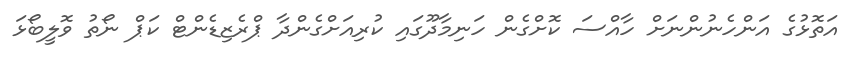
އަތޮޅުގެ އަންހެނުންނަށް ހާއްސަ ކޮށްގެން ހަނިމާދޫގައި ކުރިއަށްގެންދާ ޕްރެޒިޑެންޓް ކަޕް ނޯތު ވޮލީބޯޅަ